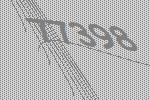
77398